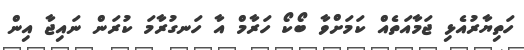
ހަތިޔާރުއެޅި ޖަމާއަތެއް ކަމަށްވާ ބޯކޯ ހަރާމް އާ ހަނގުރާމަ ކުރަން ނައިޖާ އިން